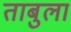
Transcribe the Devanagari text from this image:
ताबुला